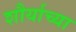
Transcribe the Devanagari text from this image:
शौर्याच्या